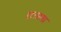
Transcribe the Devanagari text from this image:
हालाला